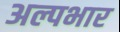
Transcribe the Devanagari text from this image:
अल्पभार